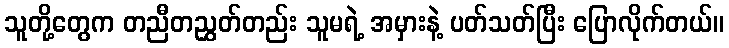
သူတို့တွေက တညီတညွှတ်တည်း သူမရဲ့ အမှားနဲ့ ပတ်သတ်ပြီး ပြောလိုက်တယ်။